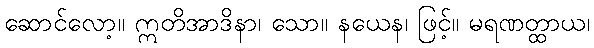
ဆောင်လော့။ ဣတိအာဒိနာ၊ သော။ နယေန၊ ဖြင့်။ မရဏတ္ထာယ၊